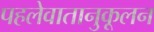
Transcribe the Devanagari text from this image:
पहलेवातानुकूलन